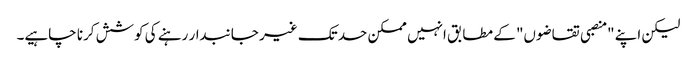
لیکن اپنے "منصبی تقاضوں" کے مطابق انہیں ممکن حد تک غیر جانبدار رہنے کی کوشش کرنا چاہیے۔